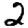
Digit: 2